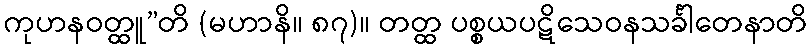
ကုဟနဝတ္ထူ”တိ (မဟာနိ။ ၈၇)။ တတ္ထ ပစ္စယပဋိသေဝနသင်္ခါတေနာတိ